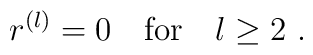
r^{(l)} = 0 \quad \mbox{for} \quad l\geq 2\ .